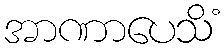
အာဏာပေသိံ